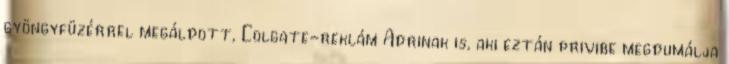
gyöngyfüzérrel megáldott, Colgate-reklám Adrinak is, aki eztán privibe megdumálja